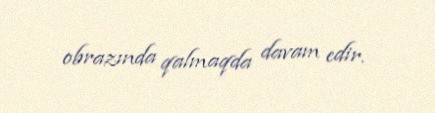
obrazında qalmaqda davam edir.